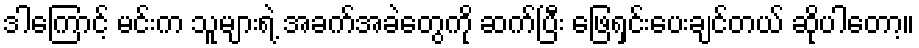
ဒါကြောင့် မင်းက သူများရဲ့ အခက်အခဲတွေကို ဆက်ပြီး ဖြေရှင်းပေးချင်တယ် ဆိုပါတော့။